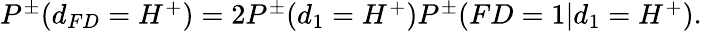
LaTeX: \begin{array}{r}{P^{\pm}(d_{FD}=H^{+})=2P^{\pm}(d_{1}=H^{+})P^{\pm}(FD=1|d_{1}=H^{+}).}\end{array}